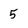
Character: 5